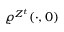
\varrho ^ { Z ^ { t } } ( \cdot , 0 )